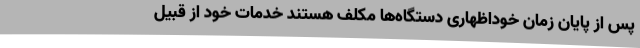
پس از پایان زمان خوداظهاری دستگاه‌ها مکلف هستند خدمات خود از قبیل